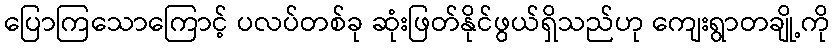
ပြောကြသောကြောင့် ပလပ်တစ်ခု ဆုံးဖြတ်နိုင်ဖွယ်ရှိသည်ဟု ကျေးရွာတချို့ကို